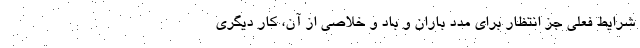
شرایط فعلی جز انتظار برای مدد باران و باد و خلاصی از آن، کار دیگری